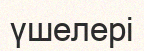
үшелері